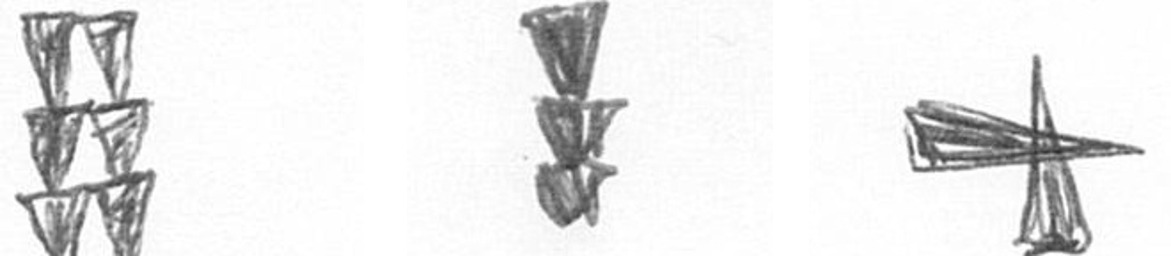
Y E G